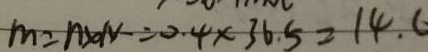
m = n \times N - = 0 . 4 \times 3 6 . 5 = 1 4 . 6